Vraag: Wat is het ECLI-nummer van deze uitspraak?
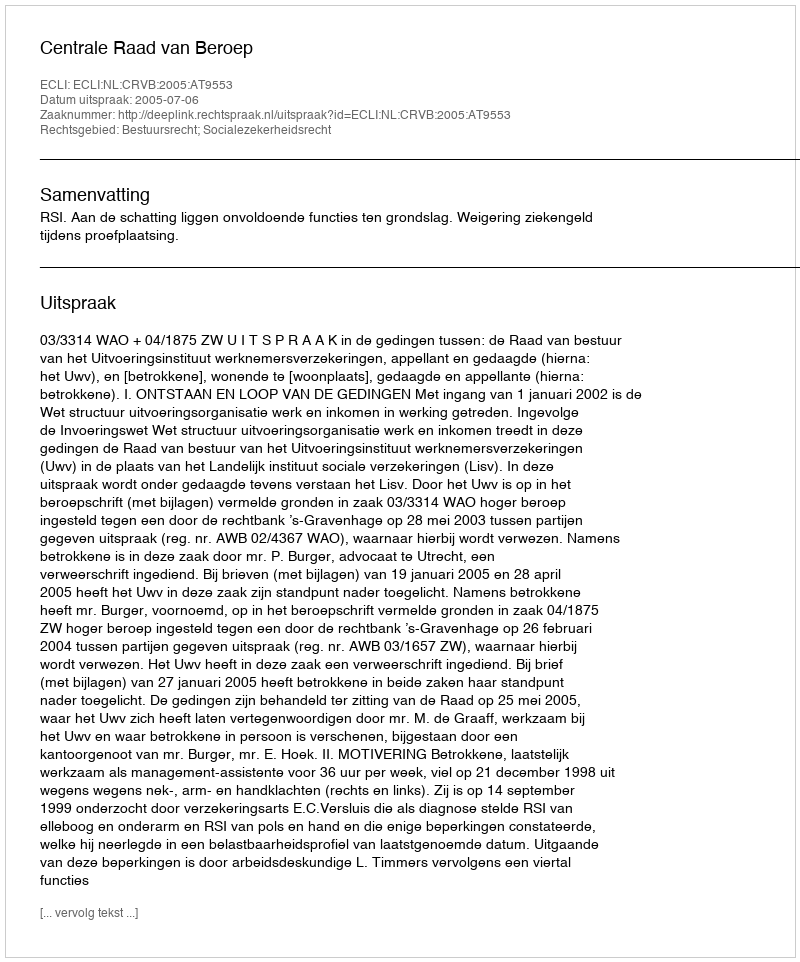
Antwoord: ECLI:NL:CRVB:2005:AT9553